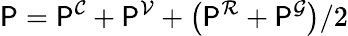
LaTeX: \mathsf{P}=\mathsf{P}^{\mathcal{C}}+\mathsf{P}^{\mathcal{V}}+\left(\mathsf{P}^{\mathcal{R}}+\mathsf{P}^{\mathcal{G}}\right)/2